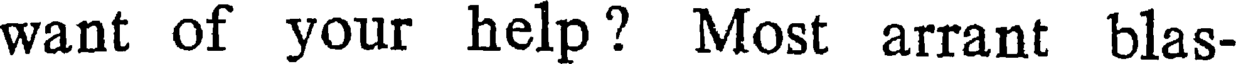
want of your help? Most arrant blas-